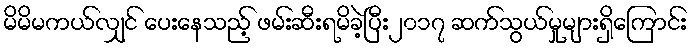
မိမိမကယ်လျှင် ပေးနေသည့် ဖမ်းဆီးရမိခဲ့ပြီး၂၀၁၇ ဆက်သွယ်မှုများရှိကြောင်း